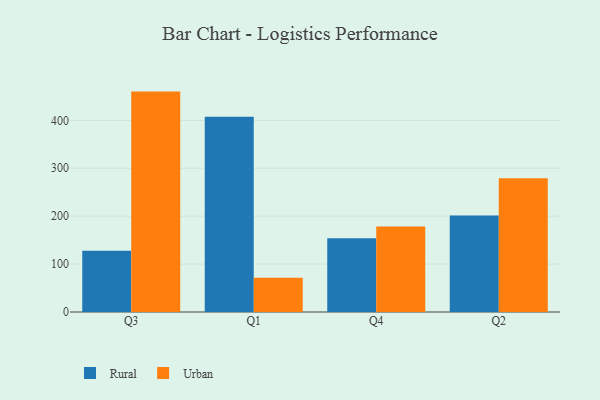
{"axis": {"x": "Quarter", "y": "LTV (USD)"}, "legend": ["Rural", "Urban"], "data": [{"x": "Q3", "y": 127.8, "type": "Rural"}, {"x": "Q3", "y": 459.9, "type": "Urban"}, {"x": "Q1", "y": 407.4, "type": "Rural"}, {"x": "Q1", "y": 71.3, "type": "Urban"}, {"x": "Q4", "y": 153.9, "type": "Rural"}, {"x": "Q4", "y": 178.6, "type": "Urban"}, {"x": "Q2", "y": 201.4, "type": "Rural"}, {"x": "Q2", "y": 278.9, "type": "Urban"}]}